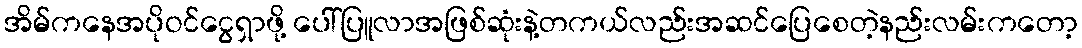
အိမ်ကနေအပိုဝင်ငွေရှာဖို့ ပေါ်ပြူလာအဖြစ်ဆုံးနဲ့တကယ်လည်းအဆင်ပြေစေတဲ့နည်းလမ်းကတော့